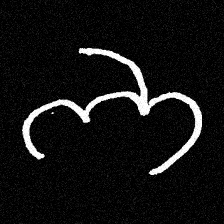
Pyu character \u2014 Myanmar letter: ဘ (romanized: bha)